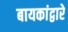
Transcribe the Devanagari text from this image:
बायकांद्वारे